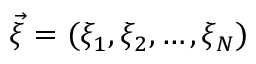
\vec { \xi } = ( \xi _ { 1 } , \xi _ { 2 } , \dots , \xi _ { N } )